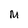
Character: M